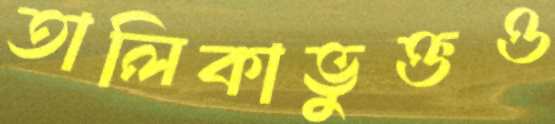
তালিকাভুক্তও